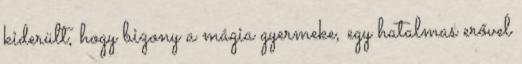
kiderült, hogy bizony a mágia gyermeke, egy hatalmas erővel